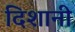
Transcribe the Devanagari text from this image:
दिशानी